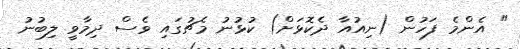
" އެންމެ ފަހުން (ނިއުއާ ދެކޮޅަށް) ކުޅުނު މެޗުގައި ވެސް ދިމާވީ ލިބުނު